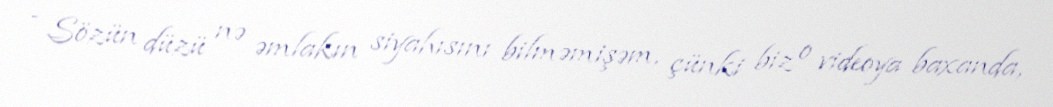
- Sözün düzü nə əmlakın siyahısını bilməmişəm, çünki biz o videoya baxanda,